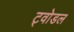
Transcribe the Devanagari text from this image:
ट्वोडल